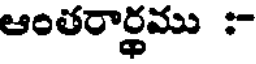
ఆంతరార్థము :-